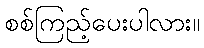
စစ်ကြည့်ပေးပါလား။